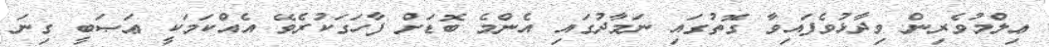
ޢިލްމުވެރިން ވިދާޅުވެފައިވާ ގޮތުގައި ނަމާދުގައި އެންމެ ބޮޑަށް ފާހަގަކުރެވޭ އެއްކަމަކީ ޢަޞަބީ ގިނަ